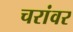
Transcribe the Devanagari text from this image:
चरांवर